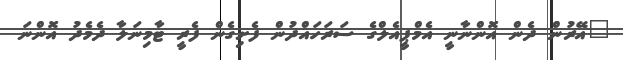
"އޭރުން ދެން އޮންނާނީ އެމްޕީއެލްގެ ސަރަހައްދުން ފެށިގެން ފެރީ ޓާމިނަލާ ދެމެދު އޮންނަ